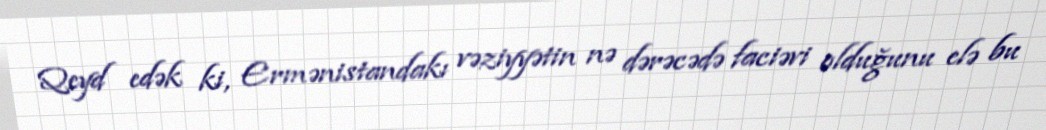
Qeyd edək ki, Ermənistandakı vəziyyətin nə dərəcədə faciəvi olduğunu elə bu